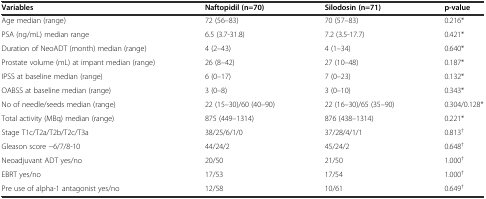
<table><thead><tr><td><b>Variables</b></td><td><b>Naftopidil (n=70)</b></td><td><b>Silodosin (n=71)</b></td><td><b>p-value</b></td></tr></thead><tbody><tr><td>Age median (range)</td><td>72 (56–83)</td><td>70 (57–83)</td><td>0.216*</td></tr><tr><td>PSA (ng/mL) median range</td><td>6.5 (3.7-31.8)</td><td>7.2 (3.5-17.7)</td><td>0.421*</td></tr><tr><td>Duration of NeoADT (month) median (range)</td><td>4 (2–43)</td><td>4 (1–34)</td><td>0.640*</td></tr><tr><td>Prostate volume (mL) at impant median (range)</td><td>26 (8–42)</td><td>27 (10–48)</td><td>0.187*</td></tr><tr><td>IPSS at baseline median (range)</td><td>6 (0–17)</td><td>7 (0–23)</td><td>0.132*</td></tr><tr><td>OABSS at baseline median (range)</td><td>3 (0–8)</td><td>3 (0–10)</td><td>0.343*</td></tr><tr><td>No of needle/seeds median (range)</td><td>22 (15–30)/60 (40–90)</td><td>22 (16–30)/65 (35–90)</td><td>0.304/0.128*</td></tr><tr><td>Total activity (MBq) median (range)</td><td>875 (449–1314)</td><td>876 (438–1314)</td><td>0.221*</td></tr><tr><td>Stage T1c/T2a/T2b/T2c/T3a</td><td>38/25/6/1/0</td><td>37/28/4/1/1</td><td>0.813<sup>†</sup></td></tr><tr><td>Gleason score −6/7/8-10</td><td>44/24/2</td><td>45/24/2</td><td>0.648<sup>†</sup></td></tr><tr><td>Neoadjuvant ADT yes/no</td><td>20/50</td><td>21/50</td><td>1.000<sup>†</sup></td></tr><tr><td>EBRT yes/no</td><td>17/53</td><td>17/54</td><td>1.000<sup>†</sup></td></tr><tr><td>Pre use of alpha-1 antagonist yes/no</td><td>12/58</td><td>10/61</td><td>0.649<sup>†</sup></td></tr></tbody></table>